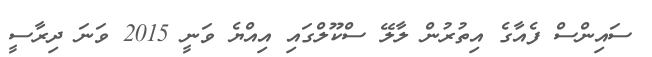
ސައިންސް ފެއާގެ އިތުރުން ލާލޭ ސްކޫލްގައި އިއްޔެ ވަނީ 2015 ވަނަ ދިރާސީ